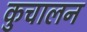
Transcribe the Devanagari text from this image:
कुचालन